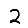
Digit: 2